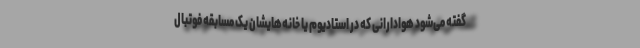
گفته می‌شود هوادارانی که در استادیوم یا خانه‌هایشان یک مسابقه فوتبال